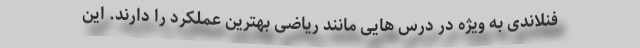
فنلاندی به ویژه در درس هایی مانند ریاضی بهترین عملکرد را دارند. این